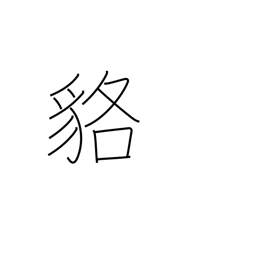
Meaning: badger